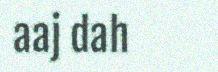
aaj dah